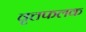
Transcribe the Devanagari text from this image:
वृत्तफलक